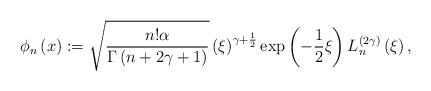
LaTeX: \begin{align*}\phi _{n}\left( x\right) :=\sqrt{\frac{n!\alpha }{\Gamma \left( n+2\gamma+1\right) }}\left( \xi \right) ^{\gamma +\frac{1}{2}}\exp \left( -\frac{1}{2}\xi \right) L_{n}^{\left( 2\gamma \right) }\left( \xi \right) , \end{align*}